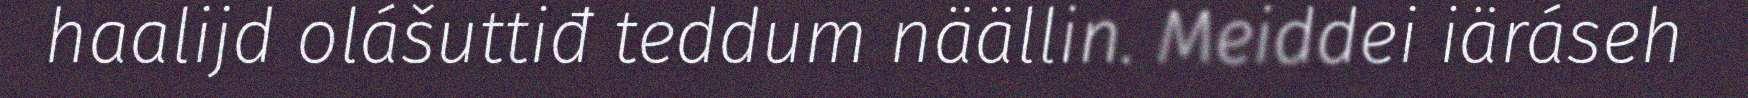
haalijd olášuttiđ teddum näällin. Meiddei iäráseh